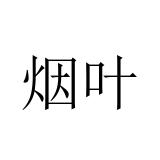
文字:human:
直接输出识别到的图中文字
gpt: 烟叶